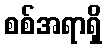
စစ်အရာရှိ